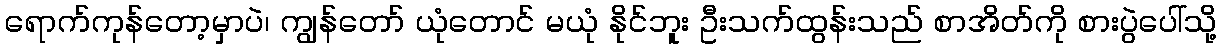
ရောက်ကုန်တော့မှာပဲ၊ ကျွန်တော် ယုံတောင် မယုံ နိုင်ဘူး ဦးသက်ထွန်းသည် စာအိတ်ကို စားပွဲပေါ်သို့